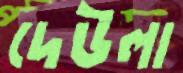
দেউলা